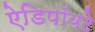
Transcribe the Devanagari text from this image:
ऐडिपॉयटे